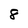
Character: 8